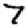
Digit: 7